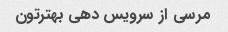
مرسی از سرویس دهی بهترتون